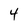
Character: 4